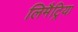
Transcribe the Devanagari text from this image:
लिमैट्रिया